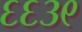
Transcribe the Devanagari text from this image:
६६३९